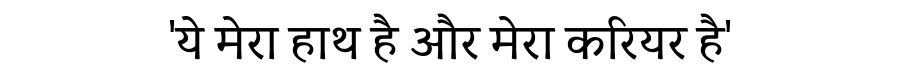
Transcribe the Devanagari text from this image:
'ये मेरा हाथ है और मेरा करियर है'